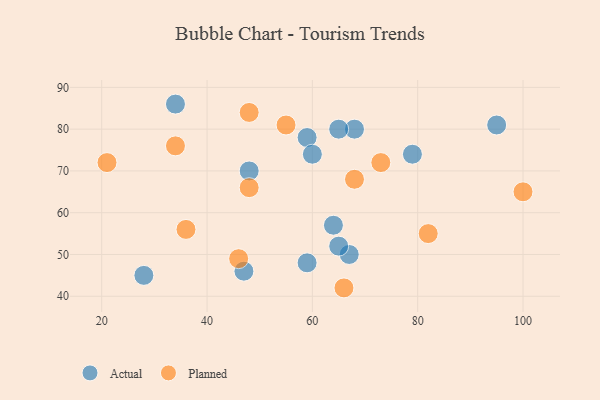
{"axis": {"x": "GDP", "y": "Life Expectancy"}, "legend": ["Actual", "Planned"], "data": [{"x": "47", "y": 46, "type": "Actual"}, {"x": "95", "y": 81, "type": "Actual"}, {"x": "64", "y": 57, "type": "Actual"}, {"x": "79", "y": 74, "type": "Actual"}, {"x": "34", "y": 86, "type": "Actual"}, {"x": "67", "y": 50, "type": "Actual"}, {"x": "59", "y": 48, "type": "Actual"}, {"x": "68", "y": 80, "type": "Actual"}, {"x": "65", "y": 80, "type": "Actual"}, {"x": "65", "y": 52, "type": "Actual"}, {"x": "48", "y": 70, "type": "Actual"}, {"x": "59", "y": 78, "type": "Actual"}, {"x": "28", "y": 45, "type": "Actual"}, {"x": "60", "y": 74, "type": "Actual"}, {"x": "66", "y": 42, "type": "Planned"}, {"x": "36", "y": 56, "type": "Planned"}, {"x": "34", "y": 76, "type": "Planned"}, {"x": "73", "y": 72, "type": "Planned"}, {"x": "55", "y": 81, "type": "Planned"}, {"x": "46", "y": 49, "type": "Planned"}, {"x": "100", "y": 65, "type": "Planned"}, {"x": "48", "y": 66, "type": "Planned"}, {"x": "48", "y": 84, "type": "Planned"}, {"x": "82", "y": 55, "type": "Planned"}, {"x": "21", "y": 72, "type": "Planned"}, {"x": "68", "y": 68, "type": "Planned"}]}